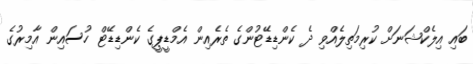
ބައި އިލެކްޝަނަށް ކުރިމަތިލެއްވި ދެ ކެންޑިޑޭޓުންގެ ތެރެއިން އެމްޑީޕީގެ ކެންޑިޑޭޓް ހުސައިން އާމިރުގެ